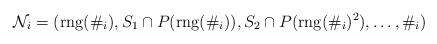
LaTeX: \begin{align*}\mathcal{N}_{i}=(\mathrm{rng}(\#_{i}), S_{1}\cap P(\mathrm{rng}(\#_{i})), S_{2}\cap P(\mathrm{rng}(\#_{i})^{2}), \ldots, \#_{i})\end{align*}